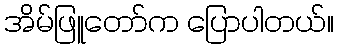
အိမ်ဖြူတော်က ပြောပါတယ်။